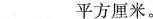
___平方厘米。